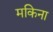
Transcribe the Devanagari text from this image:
मकिना